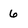
Character: 6